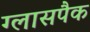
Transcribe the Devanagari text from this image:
ग्लासपैक